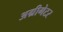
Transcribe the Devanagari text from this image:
अग्रीगेटर